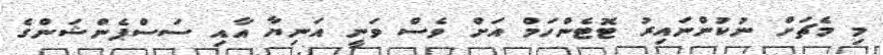
މި މެޗަށް ނުކުންނައިރު ޓޮޓެންހަމް އަށް ވެސް ވަނީ އަނިޔާ އާއި ސަސްޕެންޝަންގެ